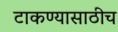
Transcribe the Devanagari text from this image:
टाकण्यासाठीच